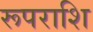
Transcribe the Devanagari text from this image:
रूपराशि